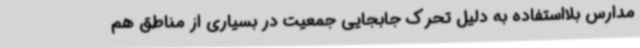
مدارس بلااستفاده به دلیل تحرک جابجایی جمعیت در بسیاری از مناطق هم